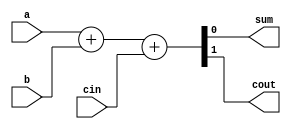
module full_adder (
    input a,
    input b,
    input cin,
    output sum,
    output cout
);
    assign {cout, sum} = a + b + cin;
endmodule
module adder_8bit (
    input [7:0] a,
    input [7:0] b,
    input cin,
    output [7:0] sum,
    output cout
);
    wire [7:0] c; // Carry bits

    full_adder FA0 (.a(a[0]), .b(b[0]), .cin(cin), .sum(sum[0]), .cout(c[0]));
    full_adder FA1 (.a(a[1]), .b(b[1]), .cin(c[0]), .sum(sum[1]), .cout(c[1]));
    full_adder FA2 (.a(a[2]), .b(b[2]), .cin(c[1]), .sum(sum[2]), .cout(c[2]));
    full_adder FA3 (.a(a[3]), .b(b[3]), .cin(c[2]), .sum(sum[3]), .cout(c[3]));
    full_adder FA4 (.a(a[4]), .b(b[4]), .cin(c[3]), .sum(sum[4]), .cout(c[4]));
    full_adder FA5 (.a(a[5]), .b(b[5]), .cin(c[4]), .sum(sum[5]), .cout(c[5]));
    full_adder FA6 (.a(a[6]), .b(b[6]), .cin(c[5]), .sum(sum[6]), .cout(c[6]));
    full_adder FA7 (.a(a[7]), .b(b[7]), .cin(c[6]), .sum(sum[7]), .cout(cout));

endmodule